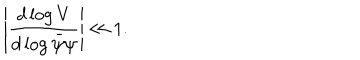
\left| \frac { d \log V } { d \log \bar { \psi } \psi } \right| \ll 1 .